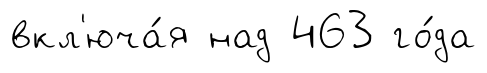
вкл'юча́я над 463 го́да